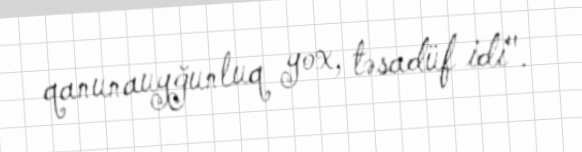
qanunauyğunluq yox, təsadüf idi".